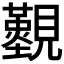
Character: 𧢚